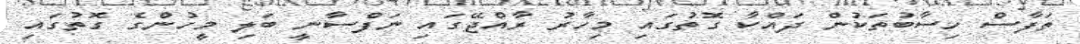
ތަފާސް ހިސާބުތަކުން ދައްކާ ގޮތުގައި މިހާރު ރާއްޖޭގައި ނަފްސާނީ ބަލި މީހުންގެ ގޮތުގައި